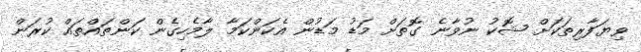
ވިޔަފާރިތަކަށް ޝޮކު ނުވާނެ ގޮތަށް މަޑު މަޑުން އެކަންކަމާ ލާމެހިގެން ކަންތައްތައް ކުރަން